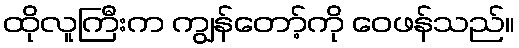
ထိုလူကြီးက ကျွန်တော့်ကို ဝေဖန်သည်။